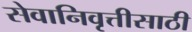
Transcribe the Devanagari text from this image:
सेवानिवृत्तीसाठी